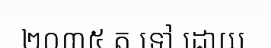
២០៣៥ ត ទៅ ដោយ